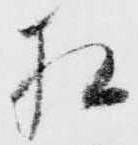
相